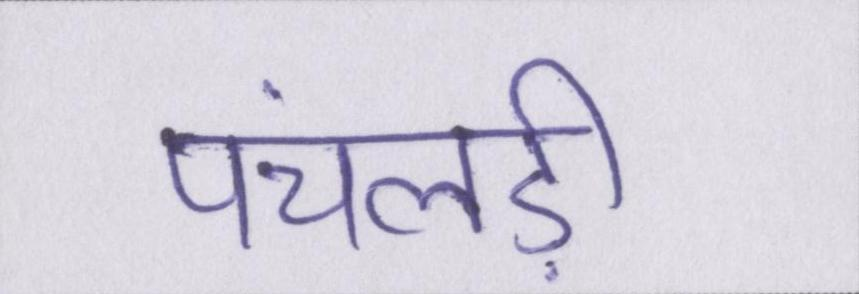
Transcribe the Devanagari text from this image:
पंचलड़ी